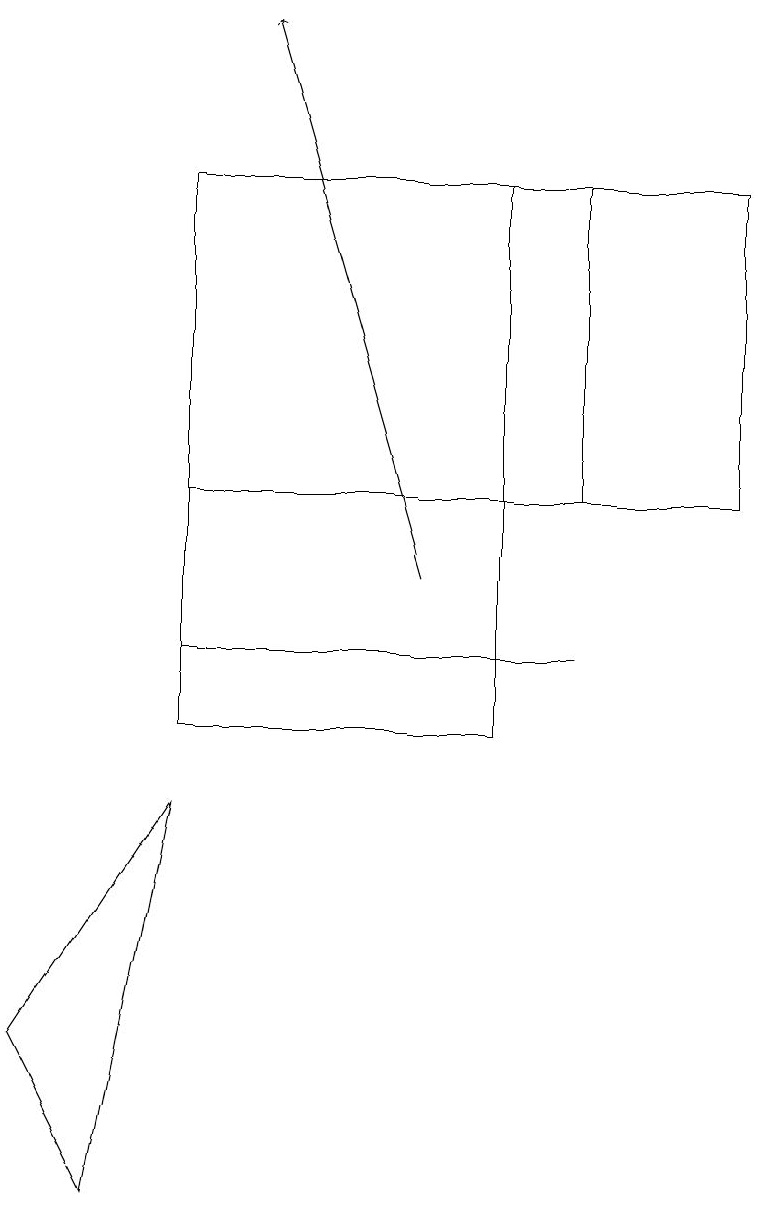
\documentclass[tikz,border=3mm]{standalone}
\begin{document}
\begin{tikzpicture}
\draw[->] (5,12) -- (3,19);
\draw (7,11) rectangle (2,11);
\draw (0,6) -- (1,4) -- (2,9) -- cycle;
\draw (2,10) rectangle (6,17);
\draw (7,13) rectangle (2,17);
\draw (6,13) rectangle (9,17);
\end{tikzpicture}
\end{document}